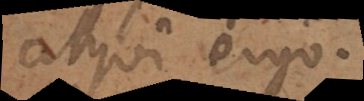
atqui, ergo.